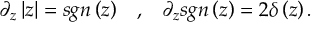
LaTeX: \partial _ { z } \left| z \right| = s g n \left( z \right) \; \; \; , \; \; \; \partial _ { z } s g n \left( z \right) = 2 \delta \left( z \right) .